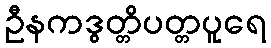
ဦနကဒွတ္တိပတ္တပူရေ